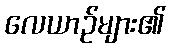
လေယာဉ်များ၏